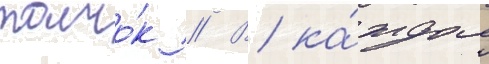
толчо́к // В ка́ждом